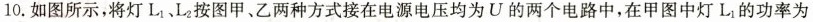
10.如图所示，将灯L_{1}、L_{2}按图甲、乙两种方式接在电源电压均为U的两个电路中，在甲图中灯L_{1}的功率为